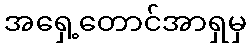
အရှေ့တောင်အာရှမှ